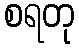
စရတု